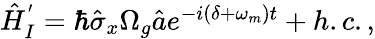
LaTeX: \begin{array}{r}{\hat{H}_{I}^{'}=\hbar\hat{\sigma}_{x}\Omega_{g}\hat{a}e^{-i(\delta+\omega_{m})t}+h.c.,}\end{array}